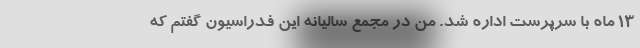
13 ماه با سرپرست اداره شد. من در مجمع سالیانه این فدراسیون گفتم که